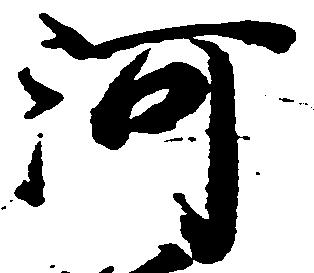
河